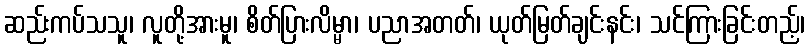
ဆည်းကပ်သသူ၊ လူတို့အားမူ၊ စိတ်ပြားလိမ္မာ၊ ပညာအတတ်၊ ယုတ်မြတ်ချင်းနင်း၊ သင်ကြားခြင်းတည့်၊